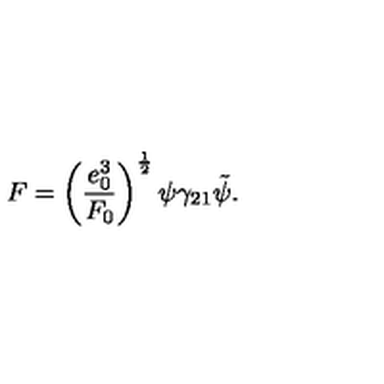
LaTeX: F = \left( \frac { e _ { 0 } ^ { 3 } } { F _ { 0 } } \right) ^ { \frac { 1 } { 2 } } \psi \gamma _ { 2 1 } \tilde { \psi } .